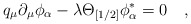
\begin{align*}q_\mu \partial_\mu\phi_\alpha - \lambda \Theta_{[1/2]} \phi_\alpha^\ast=0\quad,\end{align*}